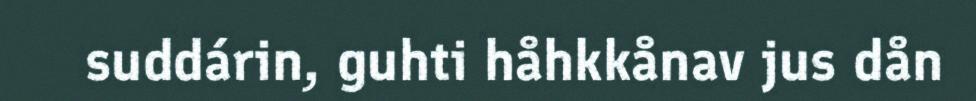
suddárin, guhti håhkkånav jus dån